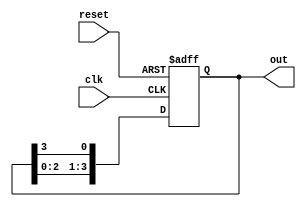
module ring_counter #(
    parameter N = 4  // Number of stages in the ring counter
)(
    input wire clk,      // Clock signal
    input wire reset,    // Asynchronous reset signal
    output reg [N-1:0] out // Output representing the state of the counter
);

    // Internal signal to store next state
    reg [N-1:0] next_state;

    always @(posedge clk or posedge reset) begin
        if (reset) begin
            // Initialize the counter to the first state
            out <= 1'b1 << (N-1); // Set the last flip-flop to 1, others to 0 (for 4 stages: 1000)
        end else begin
            // Shift the '1' through the flip-flops
            out <= {out[N-2:0], out[N-1]}; // Shift left, wrap around the last flip-flop
        end
    end

endmodule